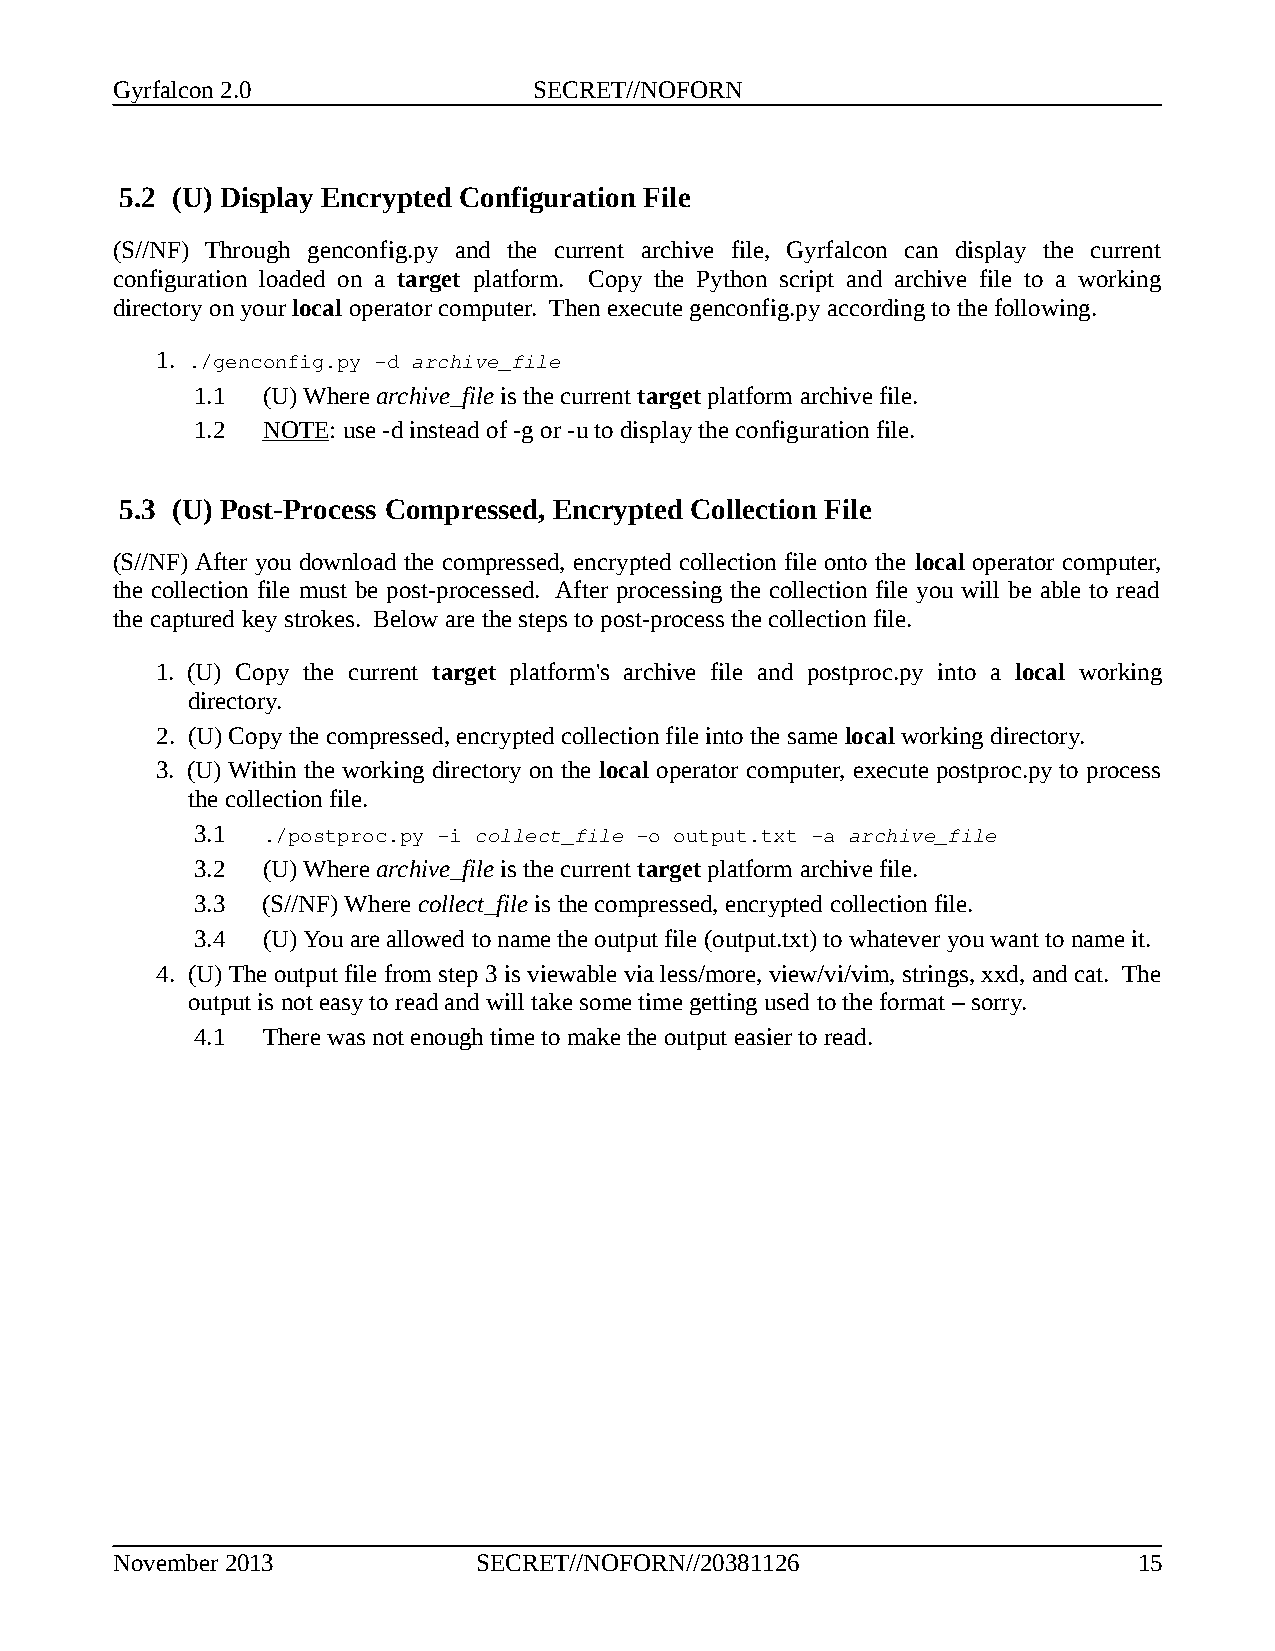
Gyrfalcon 2.0               SECRET//NOFORN
 5.2 (U) Display Encrypted Configuration File
 (S//NF) Through genconfig.py and the current archive file, Gyrfalcon can display the current
 configuration loaded on a target platform. Copy the Python script and archive file to a working
 directory on your local operator computer. Then execute genconfig.py according to the following.
 1. ./genconfig.py -d archive_file
 1.1 (U) Where archive_file is the current target platform archive file.
 1.2 NOTE : use -d instead of -g or -u to display the configuration file.
 5.3 (U) Post-Process Compressed, Encrypted Collection File
 (S//NF) After you download the compressed, encrypted collection file onto the local operator computer,
 the collection file must be post-processed. After processing the collection file you will be able to read
 the captured key strokes. Below are the steps to post-process the collection file.
 1. (U) Copy the current target platform's archive file and postproc.py into a local working
 directory.
 2. (U) Copy the compressed, encrypted collection file into the same local working directory.
 3. (U) Within the working directory on the local operator computer, execute postproc.py to process
 the collection file.
 3.1 ./postproc.py -i collect_file -o output.txt -a archive_file
 3.2 (U) Where archive_file is the current target platform archive file.
 3.3 (S//NF) Where collect_file is the compressed, encrypted collection file.
 3.4 (U) You are allowed to name the output file (output.txt) to whatever you want to name it.
 4. (U) The output file from step 3 is viewable via less/more, view/vi/vim, strings, xxd, and cat. The
 output is not easy to read and will take some time getting used to the format – sorry.
 4.1 There was not enough time to make the output easier to read.
 November 2013            SECRET//NOFORN//20381126                   15